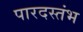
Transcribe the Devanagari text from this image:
पारदस्तंभ